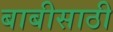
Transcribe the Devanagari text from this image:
बाबीसाठी